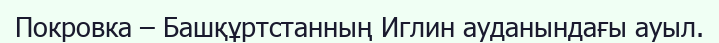
Покровка – Башқұртстанның Иглин ауданындағы ауыл.